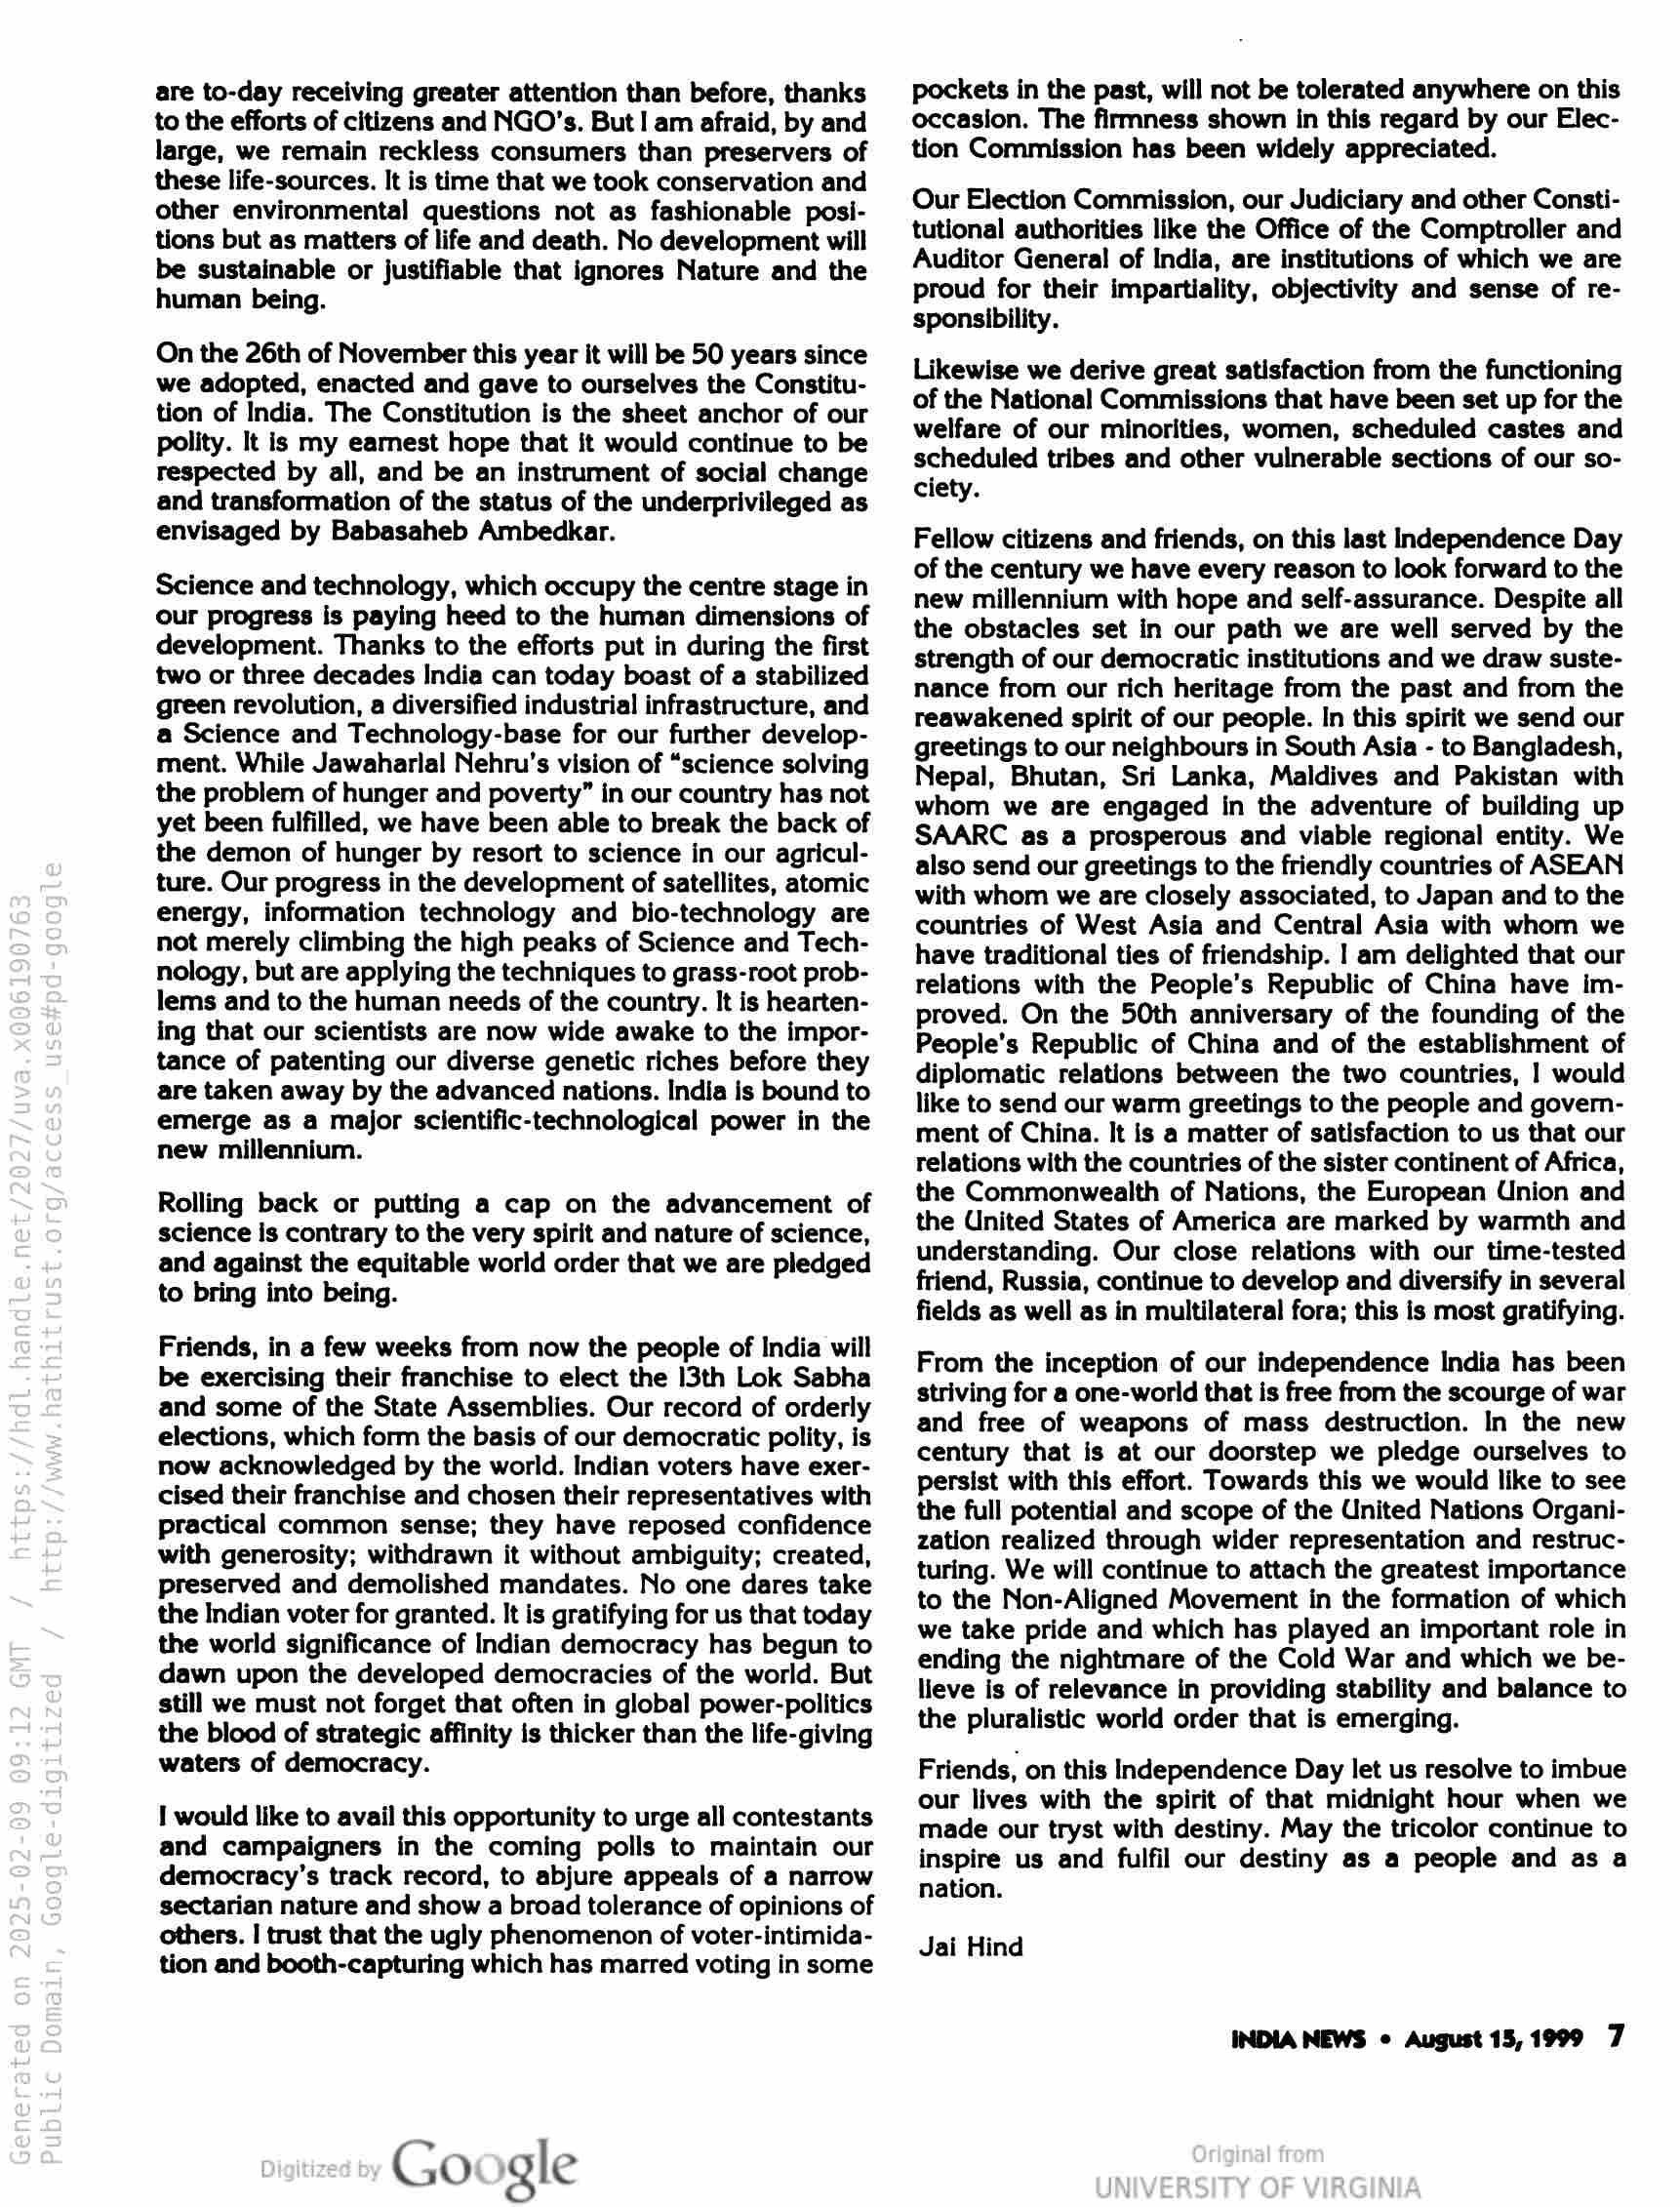
are to-day receiving greater attention than before, thanks
to the efforts of citizens and NGO's. But I am afraid, by and
large, we remain reckless consumers than preservers of
these life-sources. It is time that we took conservation and
other environmental questions not as fashionable posi-
tions but as matters of life and death. No development will
be sustainable or justifiable that ignores Nature and the
human being.

On the 26th of November this year it will be 50 years since
we adopted, enacted and gave to ourselves the Constitu-
tion of India. The Constitution is the sheet anchor of our
polity. It is my earnest hope that it would continue to be
tespected by all, and be an instrument of social change
and transformation of the status of the underprivileged as
envisaged by Babasaheb Ambedkar.

Science and technology, which occupy the centre stage in
our progress is paying heed to the human dimensions of
development. Thanks to the efforts put in during the first
two or three decades India can today boast of a stabilized
green revolution, a diversified industrial infrastructure, and
a Science and Technology-base for our further develop-
ment. While Jawaharlal Nehru’s vision of “science solving
the problem of hunger and poverty” in our country has not
yet been fulfilled, we have been able to break the back of
the demon of hunger by resort to science in our agricul-
ture. Our progress in the development of satellites, atomic
energy, information technology and bio-technology are
not merely climbing the high peaks of Science and Tech-
nology, but are applying the techniques to grass-root prob-
lems and to the human needs of the country. It is hearten-
ing that our scientists are now wide awake to the impor-
tance of patenting our diverse genetic riches before they
are taken away by the advanced nations. India is bound to
emerge as a major scientific-technological power in the
new millennium.

Rolling back or putting a cap on the advancement of
science is contrary to the very spirit and nature of science,
and against the equitable world order that we are pledged
to bring into being.

Friends, in a few weeks from now the people of India will
be exercising their franchise to elect the 13th Lok Sabha
and some of the State Assemblies. Our record of orderly
elections, which form the basis of our democratic polity, is
now acknowledged by the world. Indian voters have exer-
cised their franchise and chosen their representatives with
practical common sense; they have reposed confidence
with generosity; withdrawn it without ambiguity; created,
preserved and demolished mandates. No one dares take
the Indian voter for granted. It is gratifying for us that today
the world significance of Indian democracy has begun to
dawn upon the developed democracies of the world. But
still we must not forget that often in global power-politics
the blood of strategic affinity is thicker than the life-giving
waters of democracy.

I would like to avail this opportunity to urge all contestants
and campaigners in the coming polls to maintain our
democracy’s track record, to abjure appeals of a narrow
sectarian nature and show a broad tolerance of opinions of
others. I trust that the ugly phenomenon of voter-intimida-
tion and booth-capturing which has marred voting in some

Google

pockets in the past, will not be tolerated anywhere on this
occasion. The firmness shown in this regard by our Elec-
tion Commission has been widely appreciated.

Our Election Commission, our Judiciary and other Consti-
tutional authorities like the Office of the Comptroller and
Auditor General of India, are institutions of which we are
proud for their impartiality, objectivity and sense of re-
sponsibility.

Likewise we derive great satisfaction from the functioning
of the National Commissions that have been set up for the
welfare of our minorities, women, scheduled castes and
scheduled tribes and other vulnerable sections of our so-
ciety.

Fellow citizens and friends, on this last Independence Day
of the century we have every reason to look forward to the
new millennium with hope and self-assurance. Despite all
the obstacles set in our path we are well served by the
strength of our democratic institutions and we draw suste-
nance from our rich heritage from the past and from the
reawakened spirit of our people. In this spirit we send our
greetings to our neighbours in South Asia - to Bangladesh,
Nepal, Bhutan, Sri Lanka, Maldives and Pakistan with
whom we are engaged in the adventure of building up
SAARC as a prosperous and viable regional entity. We
also send our greetings to the friendly countries of ASEAN
with whom we are closely associated, to Japan and to the
countries of West Asia and Central Asia with whom we
have traditional ties of friendship. | am delighted that our
relations with the People’s Republic of China have im-
proved. On the 50th anniversary of the founding of the
People’s Republic of China and of the establishment of
diplomatic relations between the two countries, | would
like to send our warm greetings to the people and govern-
ment of China. It is a matter of satisfaction to us that our
relations with the countries of the sister continent of Africa,
the Commonwealth of Nations, the European Union and
the United States of America are marked by warmth and
understanding. Our close relations with our time-tested
friend, Russia, continue to develop and diversify in several
fields as well as in multilateral fora; this is most gratifying.

From the inception of our independence India has been
striving for a one-world that is free from the scourge of war
and free of weapons of mass destruction. In the new
century that is at our doorstep we pledge ourselves to
persist with this effort. Towards this we would like to see
the full potential and scope of the United Nations Organi-
zation realized through wider representation and restruc-
turing. We will continue to attach the greatest importance
to the Non-Aligned Movement in the formation of which
we take pride and which has played an important role in
ending the nightmare of the Cold War and which we be-
lieve is of relevance in providing stability and balance to
the pluralistic world order that is emerging.

Friends, on this Independence Day let us resolve to imbue
our lives with the spirit of that midnight hour when we
made our tryst with destiny. May the tricolor continue to
inspire us and fulfil our destiny as a people and as a
nation.

Jai Hind

INDIA NEWS © August 15,1999 7